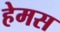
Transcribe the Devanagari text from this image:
हेमस